画像に写った文字を読んでください
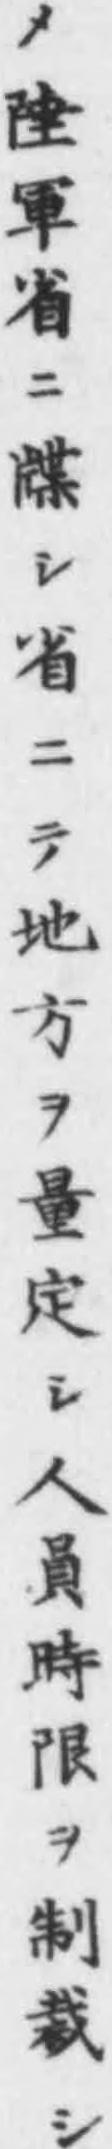
「メ陸軍省ニ牒シ省ニテ地方ヲ量定シ人員時限ヲ制裁シ」と書いてあります